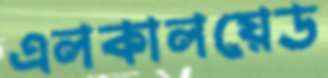
এলকালয়েড